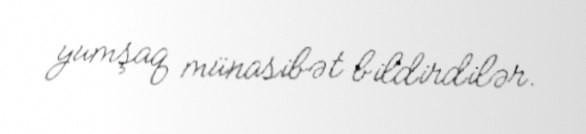
yumşaq münasibət bildirdilər.